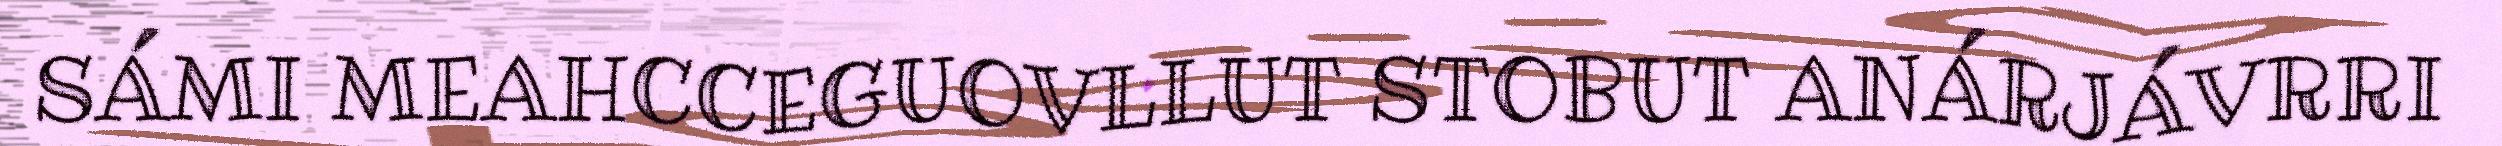
SÁMI MEAHCCEGUOVLLUT STOBUT ANÁRJÁVRRI